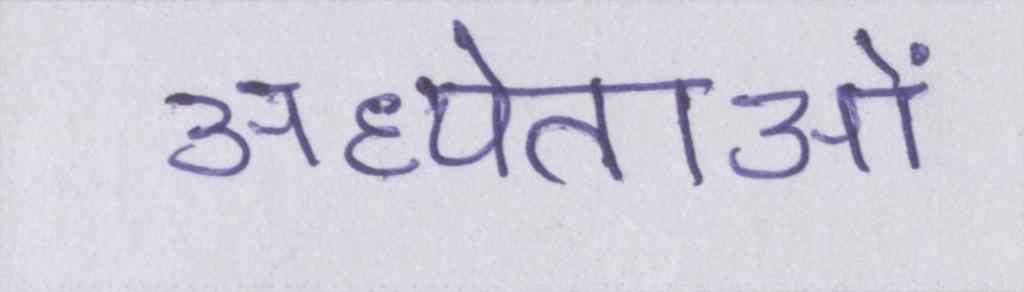
अध्येताओं